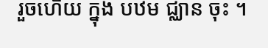
រួចហើយ ក្នុង បឋម ជ្ឈាន ចុះ ។